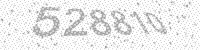
Solution: 528810